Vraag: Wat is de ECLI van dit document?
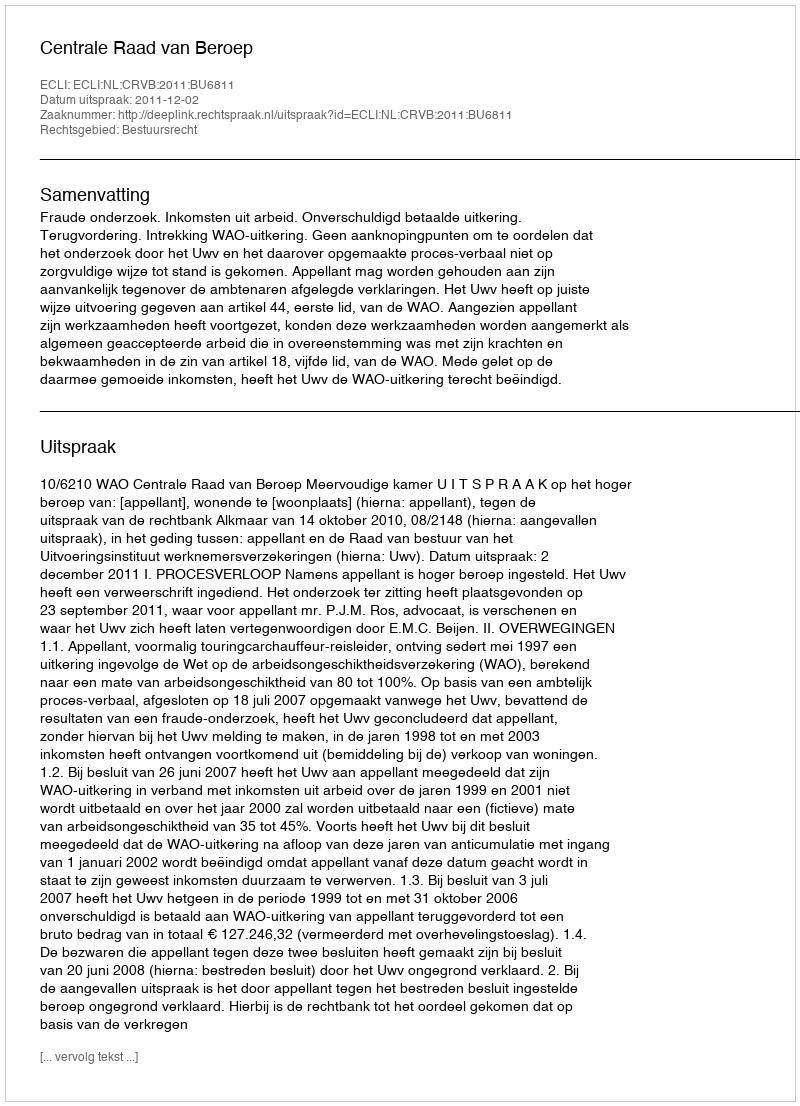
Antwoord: ECLI:NL:CRVB:2011:BU6811